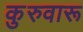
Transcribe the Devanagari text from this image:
कुरुवारू